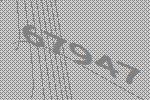
67947